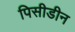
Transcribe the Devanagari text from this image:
पिसीडीन